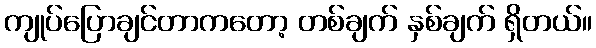
ကျုပ်ပြောချင်တာကတော့ တစ်ချက် နှစ်ချက် ရှိတယ်။